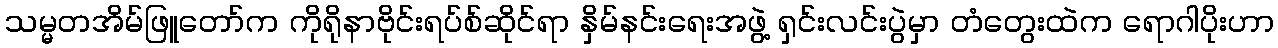
သမ္မတအိမ်ဖြူတော်က ကိုရိုနာဗိုင်းရပ်စ်ဆိုင်ရာ နှိမ်နင်းရေးအဖွဲ့ ရှင်းလင်းပွဲမှာ တံတွေးထဲက ရောဂါပိုးဟာ